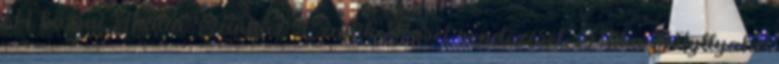
A kassai Thália Színház Czajlik József rendezését, Mika Myllyaho